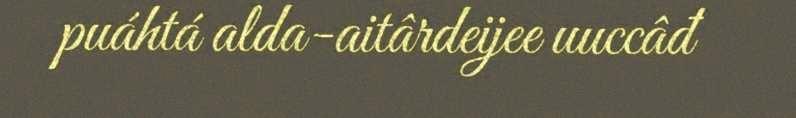
puáhtá alda-aitârdeijee uuccâđ